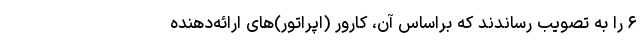
۶ را به تصویب رساندند که براساس آن، کارور (اپراتور)های ارائه‌دهنده